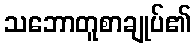
သဘောတူစာချုပ်၏